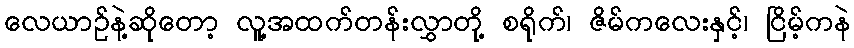
လေယာဉ်နဲ့ဆိုတော့ လူ့အထက်တန်းလွှာတို့ စရိုက်၊ ဇိမ်ကလေးနှင့်၊ ငြိမ့်ကနဲ